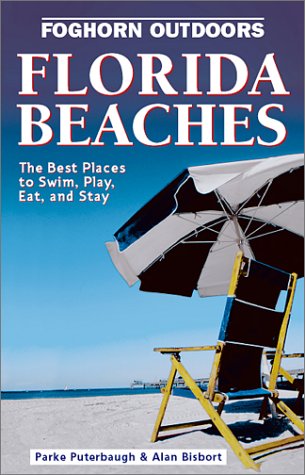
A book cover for Foghorn Outdoors Florida Beaches: The Best Places to Swim, Play, Eat, and Stay; Parke Puterbaugh; Travel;